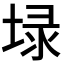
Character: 𡍖